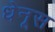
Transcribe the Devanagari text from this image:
धेनूस